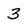
Character: 3